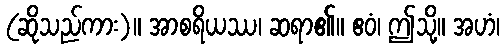
(ဆိုသည်ကား)။ အာစရိယဿ၊ ဆရာ၏။ ဧဝံ၊ ဤသို့။ အဟံ၊